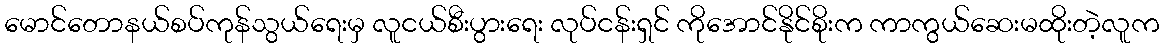
မောင်တောနယ်စပ်ကုန်သွယ်ရေးမှ လူငယ်စီးပွားရေး လုပ်ငန်းရှင် ကိုအောင်နိုင်စိုးက ကာကွယ်ဆေးမထိုးတဲ့လူက